342_HS1-416511228_319.1 Flying Discs 1949
Agency: Department of War
Incident date: 1/9/50
Page 15
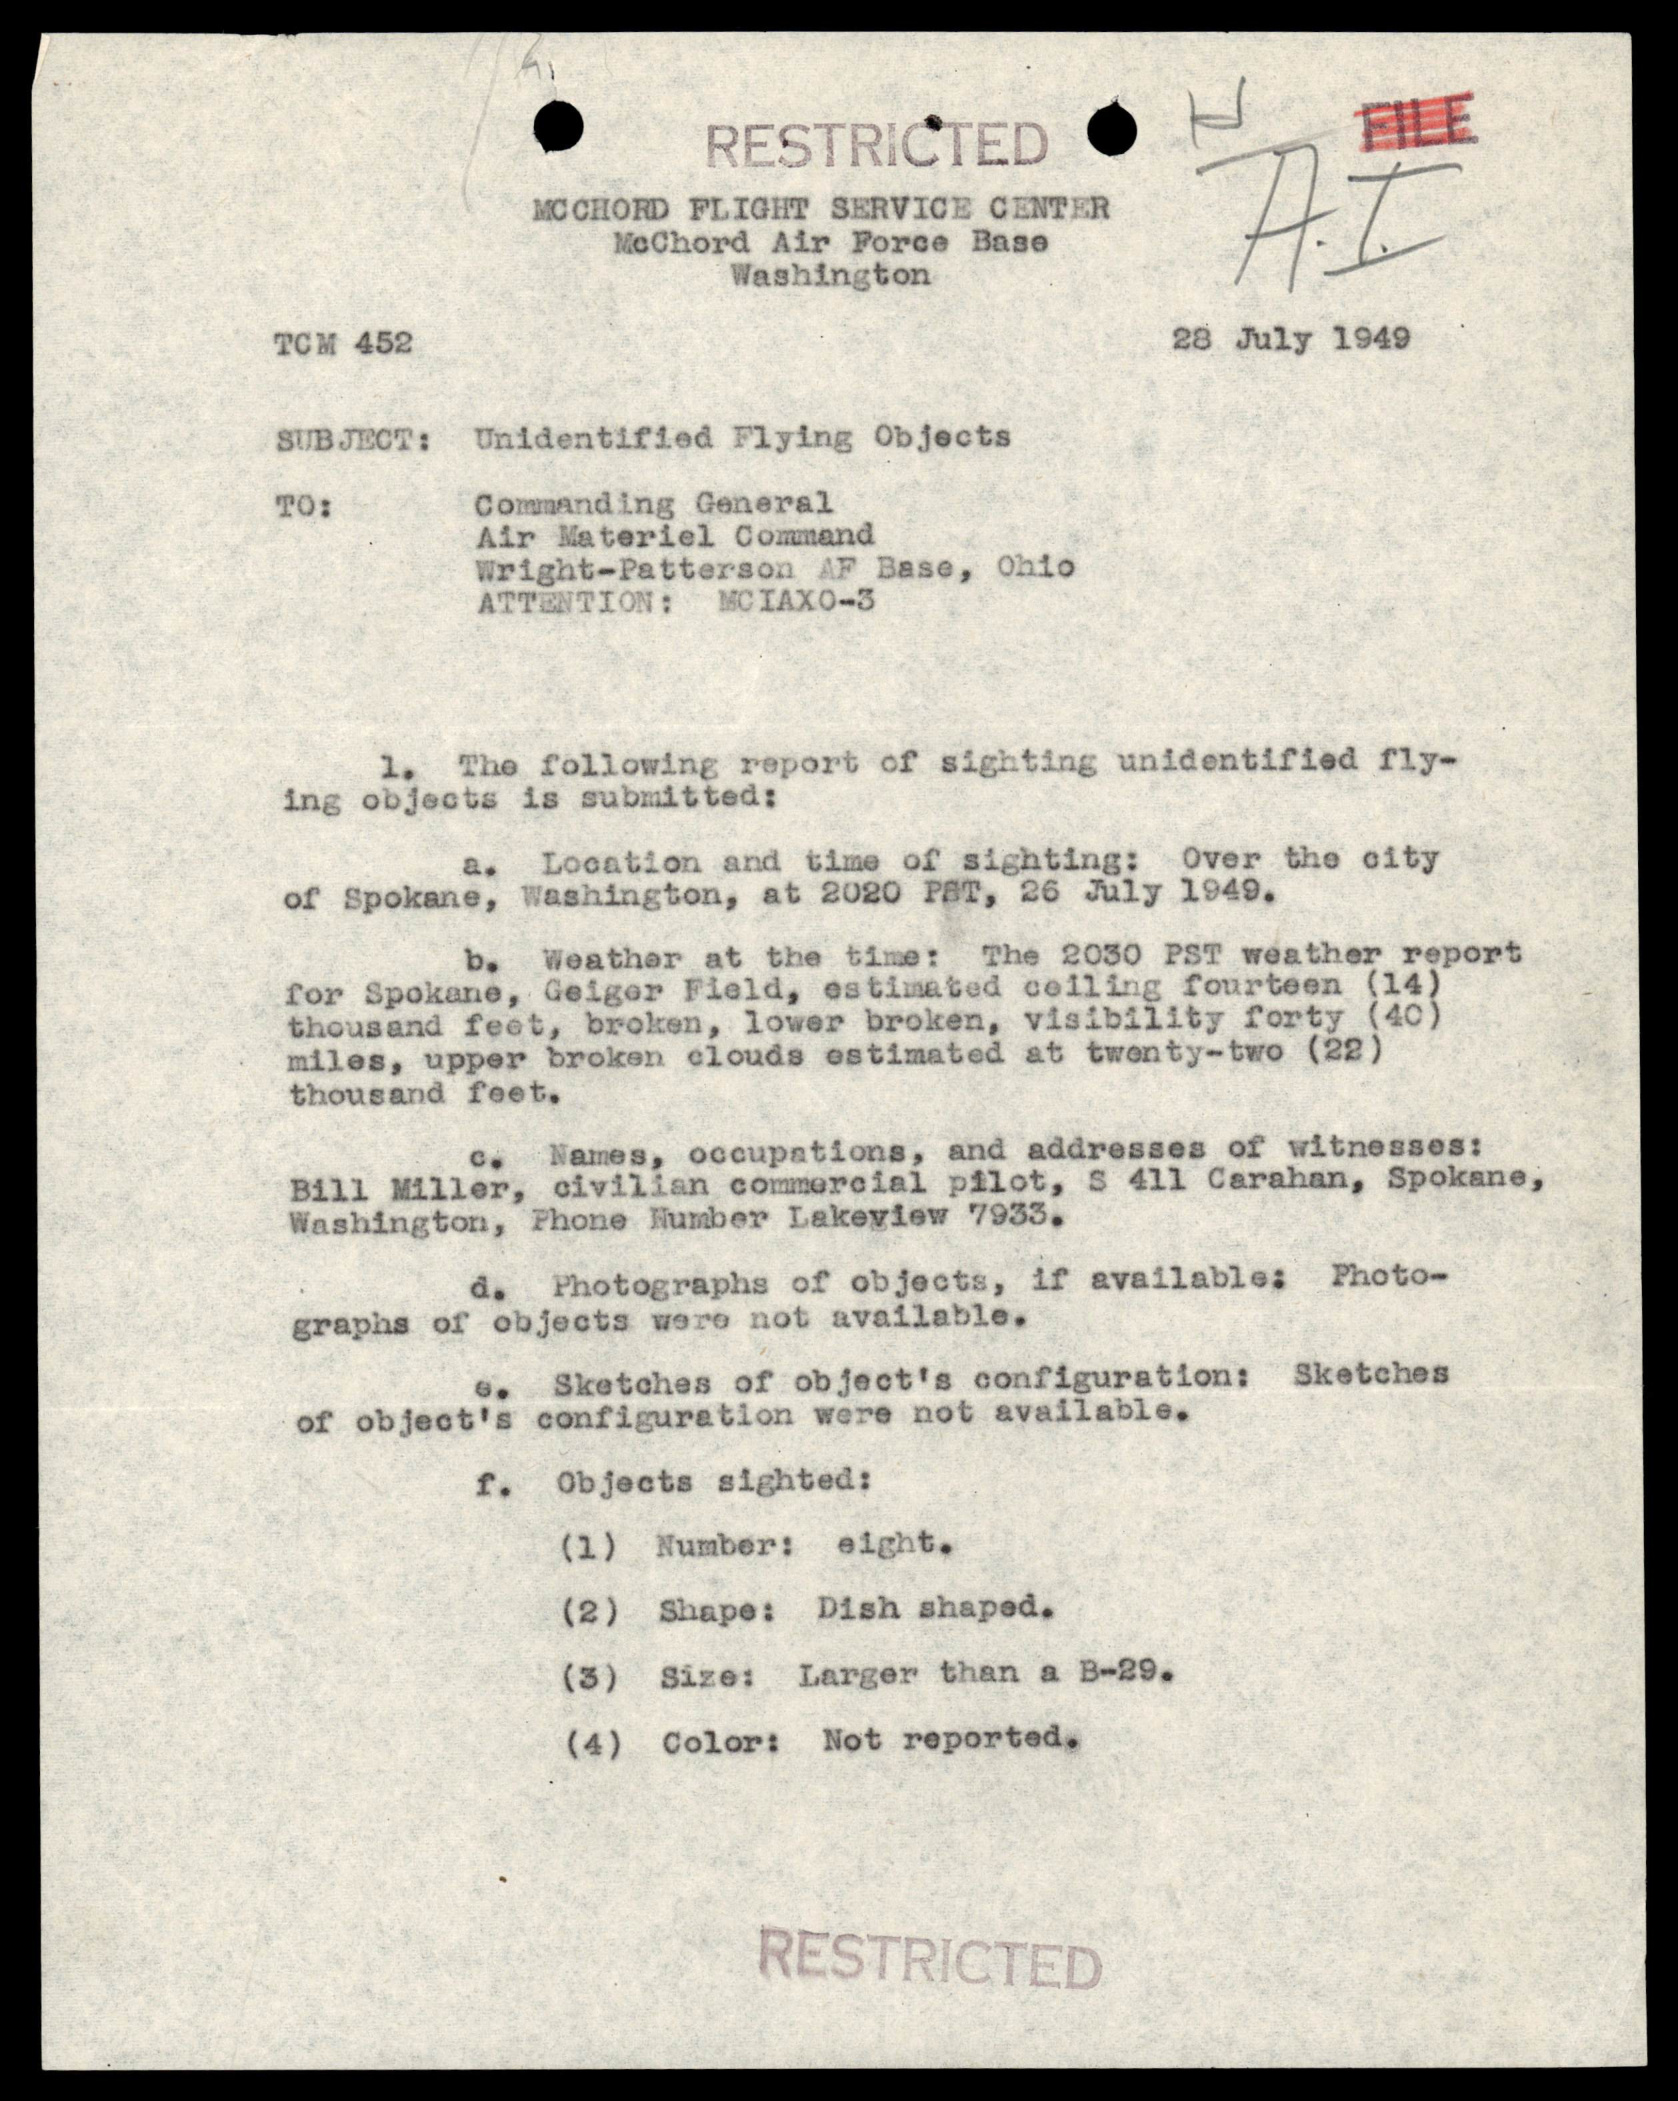